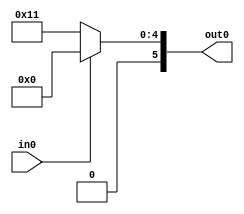
//
// Copyright (c) 1999 Steven Wilson (stevew@home.com)
//
//    This source code is free software; you can redistribute it
//    and/or modify it in source code form under the terms of the GNU
//    General Public License as published by the Free Software
//    Foundation; either version 2 of the License, or (at your option)
//    any later version.
//
//    This program is distributed in the hope that it will be useful,
//    but WITHOUT ANY WARRANTY; without even the implied warranty of
//    MERCHANTABILITY or FITNESS FOR A PARTICULAR PURPOSE.  See the
//    GNU General Public License for more details.
//
//    You should have received a copy of the GNU General Public License
//    along with this program; if not, write to the Free Software
//    Foundation, Inc., 59 Temple Place - Suite 330, Boston, MA 02111-1307, USA
//
//  SDW - Validate defparam

module module_a (out0,in0);

input		in0;
output [5:0] 	out0;
 
parameter [5:0] ident0 = 0;
parameter [5:0] ident1 = 5'h11;

reg [5:0] out0;

// Basic MUX switches on in0
always @ (in0)
   begin
     if(in0)
       out0 = ident0;
     else
       out0 = ident1;
   end

endmodule // module_a

module module_b (out0,out1,in0,in1);

input		in0;
input		in1;
output [5:0]	out0;
output [5:0]	out1;

module_a testmodA (.out0(out0),.in0(in0));
module_a testmodB (.out0(out1),.in0(in1));

endmodule // module_b

module main ();

reg        in0,in1; 
reg	   error;
wire [5:0] out0,out1;

defparam NameB.testmodA.ident0 = 5'h4;
defparam NameB.testmodB.ident0 = 5'h5;
defparam NameB.testmodB.ident1 = 5'h6;

module_b NameB (.out0(out0),.out1(out1),
                .in0(in0),.in1(in1));


initial
  begin
     error = 0;
     #1 ;
     in0 = 0;
     #1 ;
     if(out0 != 5'h11) 
       begin
          $display("FAILED - defparam3.5A - Defparam testmodA.ident0");
          $display("out0 = %h",out0);
          error = 1;
       end
     #1 ;
     in0 = 1;
     #1 ;
     if(out0 != 5'h4) 
       begin
          $display("FAILED - defparam3.5A - Defparam testmodA.ident0");
          error = 1;
       end
     #1;
     in1 = 0;
     #1;
     if(out0 != 5'h4) 	// Validate the 0 side didn't change!
       begin
          $display("FAILED - defparam3.5A - Defparam testmodA.ident0");
          error = 1;
       end
     if(out1 != 5'h6) 
       begin
          $display("FAILED - defparam3.5A - Defparam testmodB.ident1");
          error = 1;
       end
     #1;
     in1 = 1;
     #1;
     if(out1 != 5'h5) 
       begin
          $display("FAILED - defparam3.5A - Defparam testmodB.ident0");
          error = 1;
       end


     if(error == 0)
       $display("PASSED");     
  end
endmodule // main